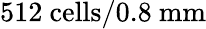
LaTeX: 512~{\mathrm{cells}}/{0.8~\mathrm{mm}}